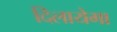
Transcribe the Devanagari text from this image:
दिलायेगा